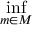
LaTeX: \operatorname* { i n f } _ { m \in M }